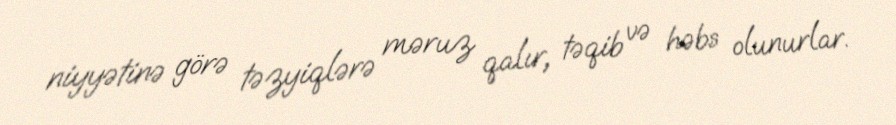
niyyətinə görə təzyiqlərə məruz qalır, təqib və həbs olunurlar.